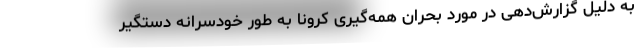
به دلیل گزارش‌دهی در مورد بحران همه‌گیری کرونا به طور خودسرانه دستگیر